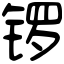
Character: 锣